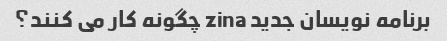
برنامه نویسان جدید zina چگونه کار می کنند؟